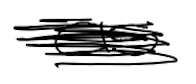
Text: as
Cross-out: scratch
Writing tool: digital_black